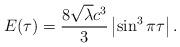
LaTeX: \begin{align*}E(\tau) = \frac{8\sqrt{\lambda} c^3}{3}\left|\sin^3\pi\tau\right|.\end{align*}